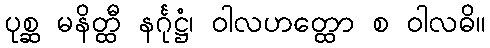
ပုစ္ဆ မနိတ္ထီ နင်္ဂုဋ္ဌံ၊ ဝါလဟတ္ထော စ ဝါလဓိ။